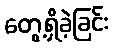
တွေ့ရှိခဲ့ခြင်း